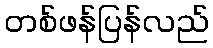
တစ်ဖန်ပြန်လည်